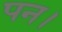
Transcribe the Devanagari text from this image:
पन।